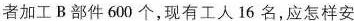
者加工B部件600个，现有工人16名，应怎样安